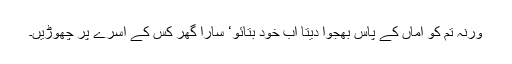
ورنہ تم کو اماں کے پاس بھجوا دیتا اب خود بتائو‘ سارا گھر کس کے آسرے پر چھوڑیں۔